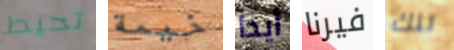
تحيط خيمة أيدا فيرنا تلك